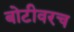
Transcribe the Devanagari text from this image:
बोटीवरच